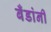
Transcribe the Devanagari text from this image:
बँडांनी